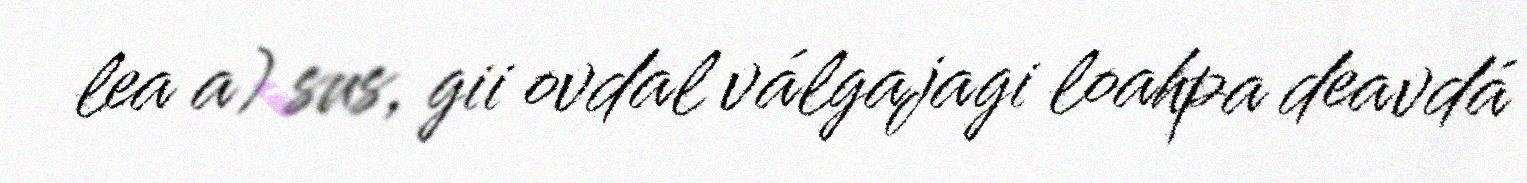
lea a) sus, gii ovdal válgajagi loahpa deavdá